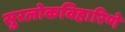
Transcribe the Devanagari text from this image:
सुरलोकविहारिणे